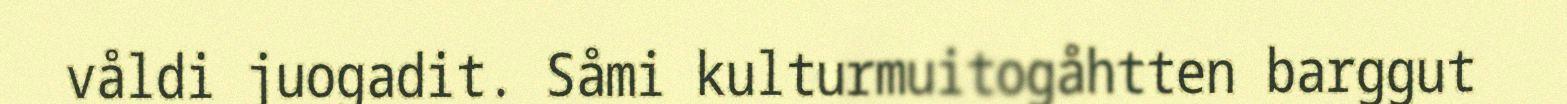
våldi juogadit. Såmi kulturmuitogåhtten barggut